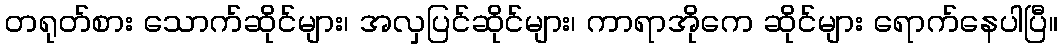
တရုတ်စား သောက်ဆိုင်များ၊ အလှပြင်ဆိုင်များ၊ ကာရာအိုကေ ဆိုင်များ ရောက်နေပါပြီ။